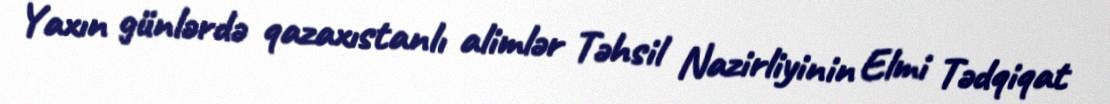
Yaxın günlərdə qazaxıstanlı alimlər Təhsil Nazirliyinin Elmi Tədqiqat